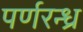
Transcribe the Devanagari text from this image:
पर्णरन्ध्र